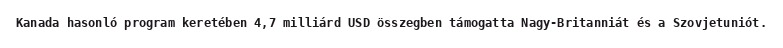
Kanada hasonló program keretében 4,7 milliárd USD összegben támogatta Nagy-Britanniát és a Szovjetuniót.